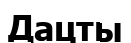
Дацты